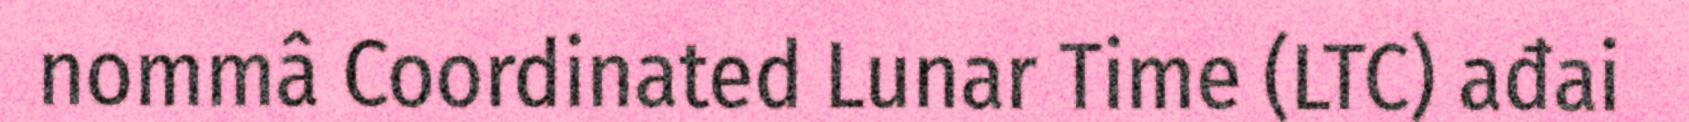
nommâ Coordinated Lunar Time (LTC) ađai